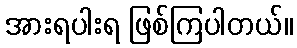
အားရပါးရ ဖြစ်ကြပါတယ်။